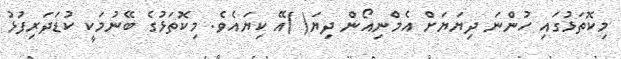
މިކޮތަޅުގައި ހުންނަ ދިޔަޔަށް އެމްނިއޯން ދިޔަ( )އޭ ކިޔައެވެ. މިކޮތަޅުގެ ބޭނުމަކީ ކުޑަދަރިފުޅު